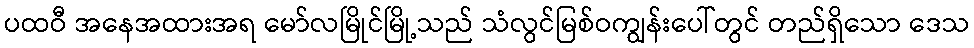
ပထဝီ အနေအထားအရ မော်လမြိုင်မြို့သည် သံလွင်မြစ်ဝကျွန်းပေါ်တွင် တည်ရှိသော ဒေသ